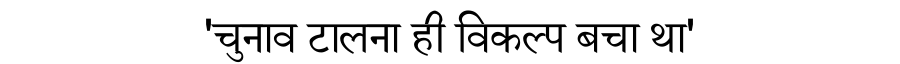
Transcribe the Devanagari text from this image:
'चुनाव टालना ही विकल्प बचा था'